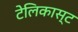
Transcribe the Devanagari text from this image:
टेलिकास्ट